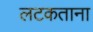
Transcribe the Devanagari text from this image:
लटकताना